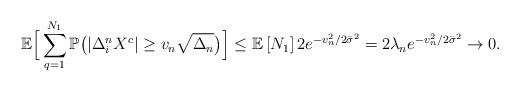
LaTeX: \begin{align*}\mathbb{E}\Big[\sum_{q=1}^{N_1} \mathbb{P}\big(|\Delta_{i}^n X^c| \geq v_n \sqrt{\Delta_n} \big)\Big] &\leq \mathbb{E}\left[N_1\right]2e^{-v_n^2/2{\bar{\sigma}}^2} = 2 \lambda_n e^{-v_n^2/2{\bar{\sigma}}^2} \rightarrow 0.\end{align*}